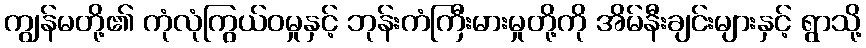
ကျွန်မတို့၏ ကုံလုံကြွယ်ဝမှုနှင့် ဘုန်းကံကြီးမားမှုတို့ကို အိမ်နီးချင်းများနှင့် ရွာသို့